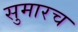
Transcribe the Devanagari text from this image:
सुमारच